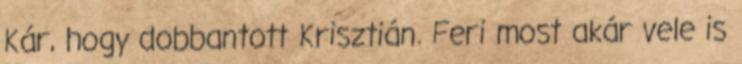
Kár, hogy dobbantott Krisztián. Feri most akár vele is